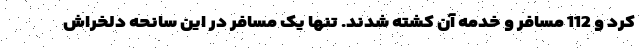
کرد و 112 مسافر و خدمه آن کشته شدند. تنها یک مسافر در این سانحه دلخراش